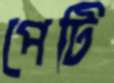
পেটি